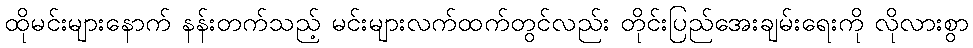
ထိုမင်းများနောက် နန်းတက်သည့် မင်းများလက်ထက်တွင်လည်း တိုင်းပြည်အေးချမ်းရေးကို လိုလားစွာ